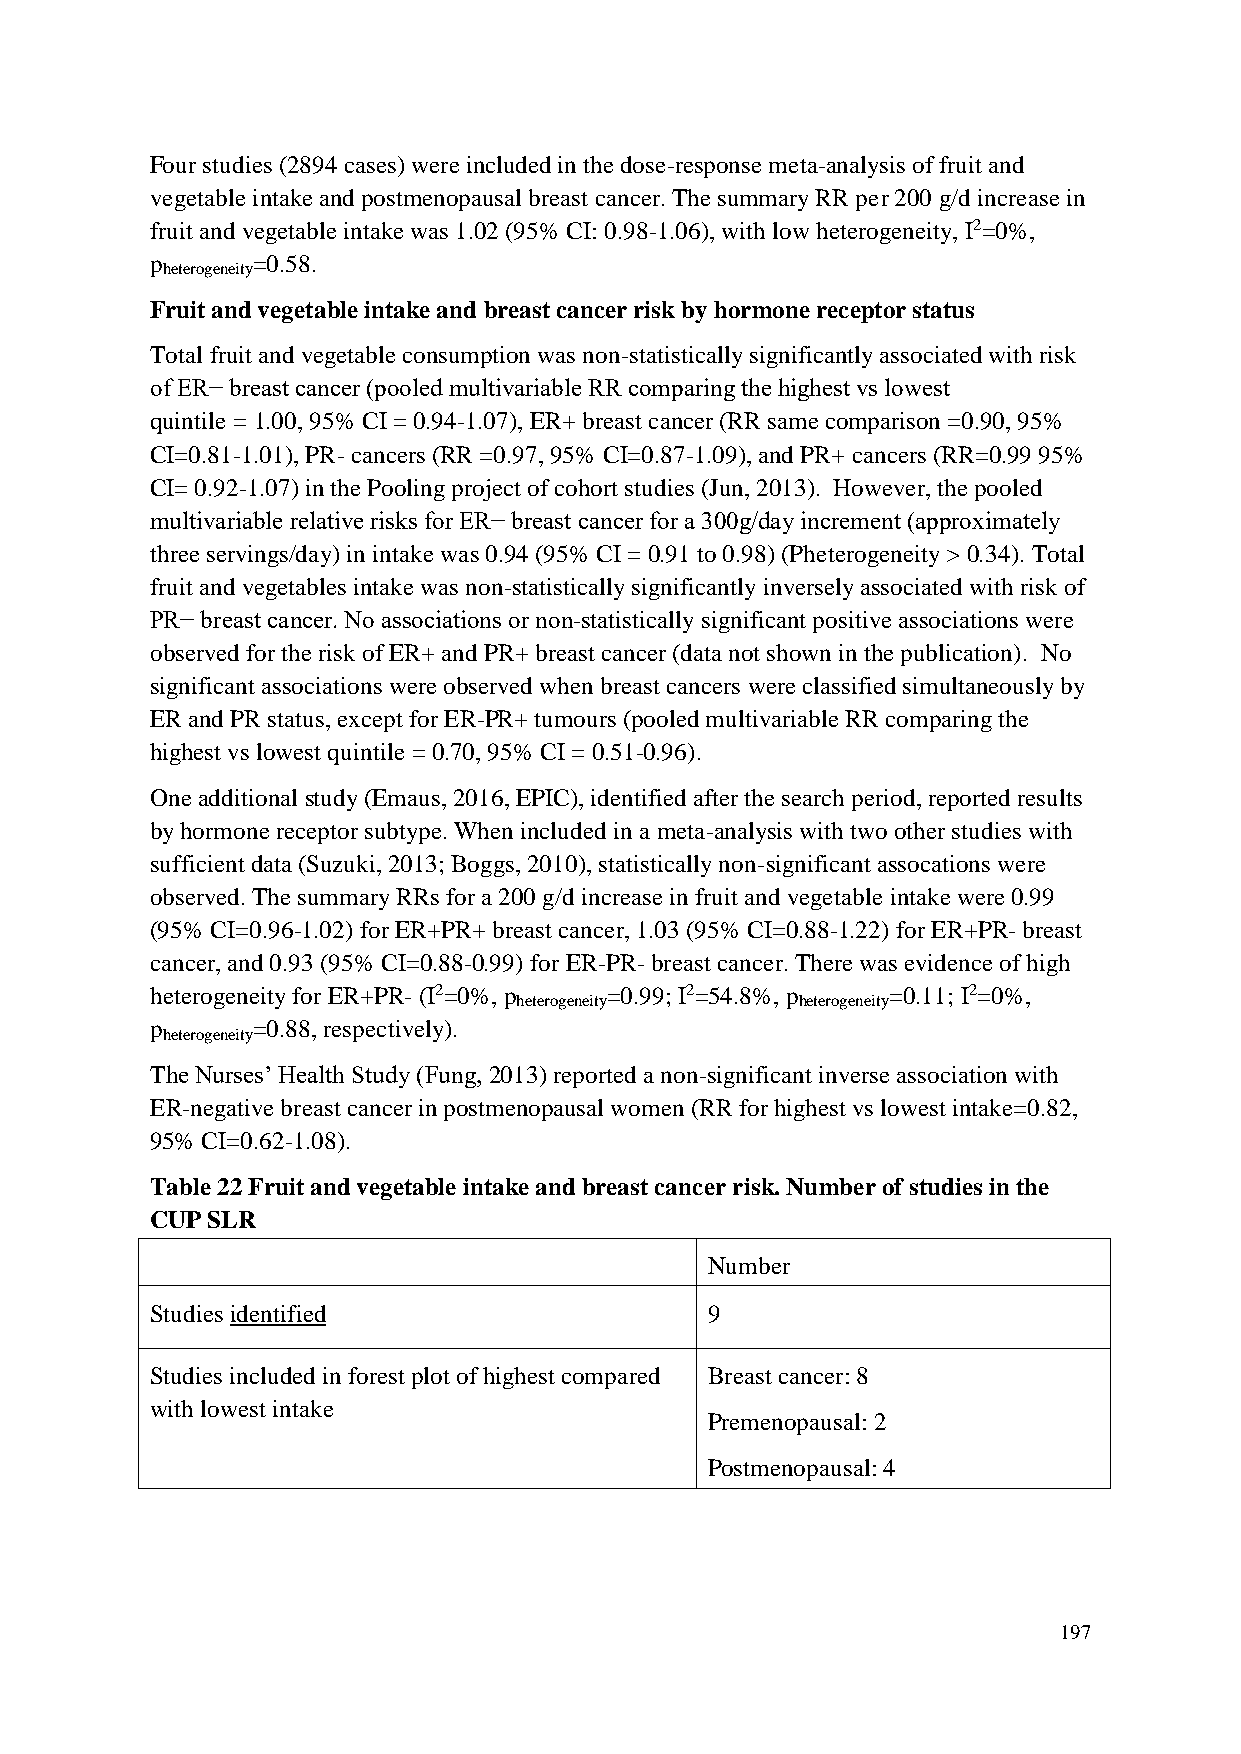
Four studies (2894 cases) were included in the dose-response meta-analysis of fruit and
 vegetable intake and postmenopausal breast cancer. The summary RR per 200 g/d increase in
 fruit and vegetable intake was 1.02 (95% CI: 0.98-1.06), with low heterogeneity, I2=0%,
 p      =0.58.
 heterogeneity
 Fruit and vegetable intake and breast cancer risk by hormone receptor status
 Total fruit and vegetable consumption was non-statistically significantly associated with risk
 of ER− breast cancer (pooled multivariable RR comparing the highest vs lowest
 quintile = 1.00, 95% CI = 0.94-1.07), ER+ breast cancer (RR same comparison =0.90, 95%
 CI=0.81-1.01), PR- cancers (RR =0.97, 95% CI=0.87-1.09), and PR+ cancers (RR=0.99 95%
 CI= 0.92-1.07) in the Pooling project of cohort studies (Jun, 2013). However, the pooled
 multivariable relative risks for ER− breast cancer for a 300g/day increment (approximately
 three servings/day) in intake was 0.94 (95% CI = 0.91 to 0.98) (Pheterogeneity > 0.34). Total
 fruit and vegetables intake was non-statistically significantly inversely associated with risk of
 PR− breast cancer. No associations or non-statistically significant positive associations were
 observed for the risk of ER+ and PR+ breast cancer (data not shown in the publication). No
 significant associations were observed when breast cancers were classified simultaneously by
 ER and PR status, except for ER-PR+ tumours (pooled multivariable RR comparing the
 highest vs lowest quintile = 0.70, 95% CI = 0.51-0.96).
 One additional study (Emaus, 2016, EPIC), identified after the search period, reported results
 by hormone receptor subtype. When included in a meta-analysis with two other studies with
 sufficient data (Suzuki, 2013; Boggs, 2010), statistically non-significant assocations were
 observed. The summary RRs for a 200 g/d increase in fruit and vegetable intake were 0.99
 (95% CI=0.96-1.02) for ER+PR+ breast cancer, 1.03 (95% CI=0.88-1.22) for ER+PR- breast
 cancer, and 0.93 (95% CI=0.88-0.99) for ER-PR- breast cancer. There was evidence of high
 heterogeneity for ER+PR- (I2=0%, p =0.99; I2=54.8%, p =0.11; I2=0%,
 heterogeneity      heterogeneity
 p      =0.88, respectively).
 heterogeneity
 The Nurses’ Health Study (Fung, 2013) reported a non-significant inverse association with
 ER-negative breast cancer in postmenopausal women (RR for highest vs lowest intake=0.82,
 95% CI=0.62-1.08).
 Table 22 Fruit and vegetable intake and breast cancer risk. Number of studies in the
 CUP SLR
 Number
 Studies identified                   9
 Studies included in forest plot of highest compared Breast cancer: 8
 with lowest intake
 Premenopausal: 2
 Postmenopausal: 4
 197